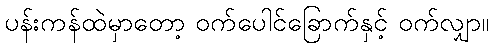
ပန်းကန်ထဲမှာတော့ ဝက်ပေါင်ခြောက်နှင့် ဝက်လျှာ။